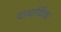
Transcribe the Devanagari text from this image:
याथार्थिक